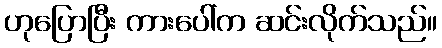
ဟုပြောပြီး ကားပေါ်က ဆင်းလိုက်သည်။